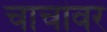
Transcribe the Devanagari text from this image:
चाचांवर